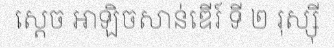
ស្តេច អាឡិចសាន់ឌើរ៍ ទី ២ រុស្ស៊ី